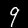
Digit: 9